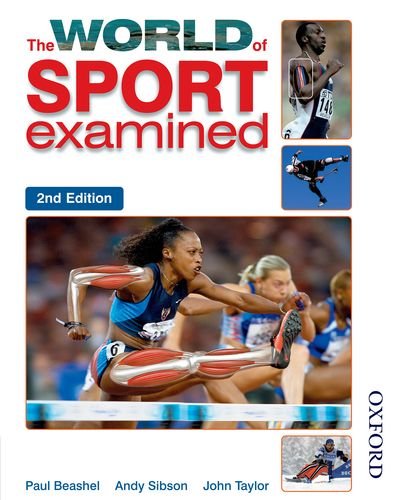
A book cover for The World of Sport Examined Second Edition; Paul Beashel; Health, Fitness & Dieting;